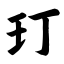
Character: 玎